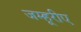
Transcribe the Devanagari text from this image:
जम्हूरीए